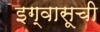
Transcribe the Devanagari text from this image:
इग्वासूची